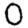
Digit: 0